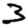
Digit: 3